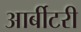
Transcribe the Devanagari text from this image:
आर्बीटरी